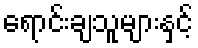
ရောင်းချသူများနှင့်